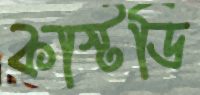
কাস্টডি